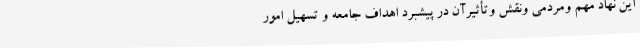
این نهاد مهم ومردمی ونقش وتأثیرآن در پیشبرد اهداف جامعه و تسهیل امور